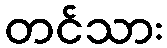
တင်သား